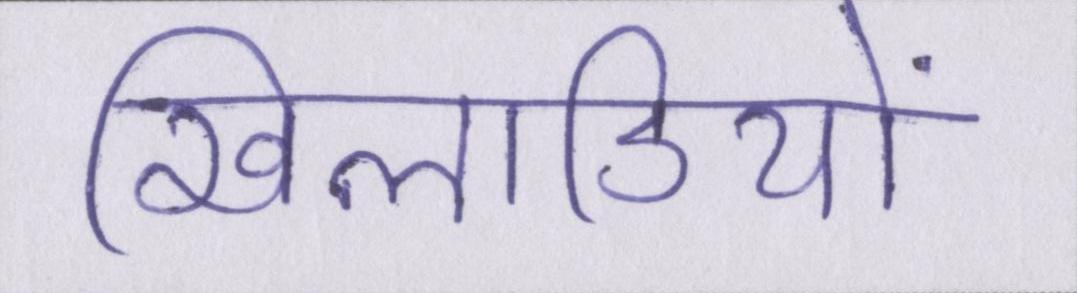
खिलाडियों